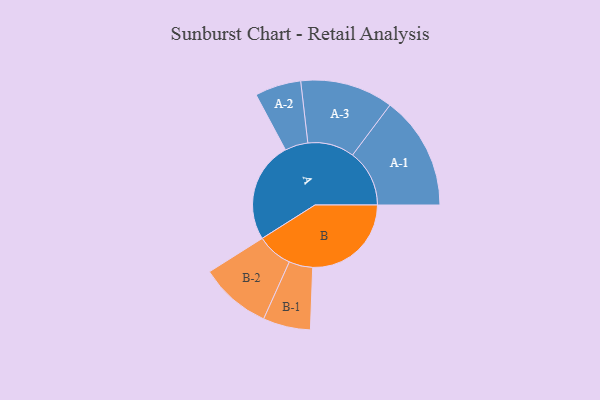
{"axis": {"x": "Segment", "y": "Value"}, "legend": ["", "A", "B"], "data": [{"x": "A", "y": 459, "type": ""}, {"x": "B", "y": 449, "type": ""}, {"x": "A-1", "y": 259, "type": "A"}, {"x": "A-2", "y": 105, "type": "A"}, {"x": "A-3", "y": 212, "type": "A"}, {"x": "B-1", "y": 108, "type": "B"}, {"x": "B-2", "y": 163, "type": "B"}]}